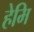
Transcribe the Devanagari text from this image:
हेमि